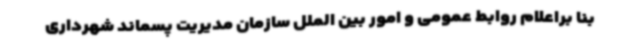
بنا براعلام روابط عمومی و امور بین الملل سازمان مدیریت پسماند شهرداری